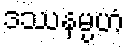
ဒဿနမ္ပဟံ